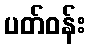
ပတ်ဝန်း